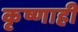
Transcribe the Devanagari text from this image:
कृष्णाही